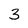
Character: 3